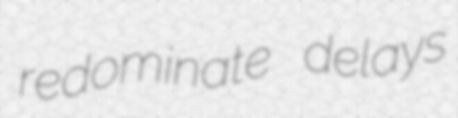
redominate delays